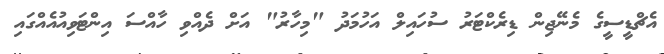
އެޗްޑީސީގެ މެނޭޖިން ޑިރެކްޓަރު ސުހައިލް އަހުމަދު "މިހާރު" އަށް ދެއްވި ހާއްސަ އިންޓަވިއުއެއްގައި